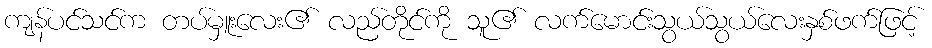
ကျန်ပင်သင်က တပ်မှူးလေး၏ လည်တိုင်ကို သူ၏ လက်မောင်းသွယ်သွယ်လေးနှစ်ဖက်ဖြင့်